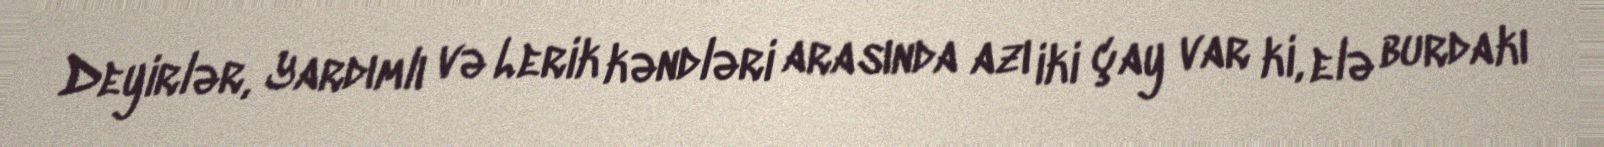
Deyirlər, Yardımlı və Lerik kəndləri arasında azı iki çay var ki, elə burdakı